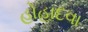
હોહાદવા